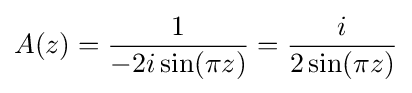
A(z)={\frac {1}{-2i\sin(\pi z)}}={\frac {i}{2\sin(\pi z)}}